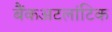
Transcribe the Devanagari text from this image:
बैंकअटलांटिक